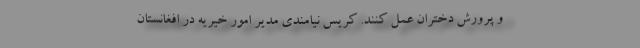
و پرورش دختران عمل کنند. کریس نیامندی مدیر امور خیریه در افغانستان